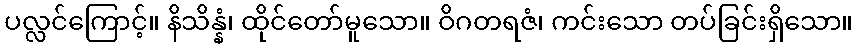
ပလ္လင်ကြောင့်။ နိသိန္နံ၊ ထိုင်တော်မူသော။ ဝိဂတရဇံ၊ ကင်းသော တပ်ခြင်းရှိသော။